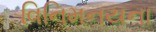
વિનિમનયના